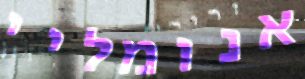
אנומליי